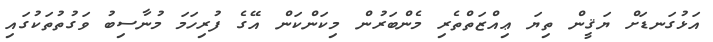
އަޅުގަނޑަށް ޔަޤީން ތިޔަ ޢިއްޒަތްތެރި މެންބަރުން މިކަންކަން އޭގެ ފުރިހަމަ މުނާސިބު ވަގުތުތަކުގައި